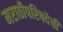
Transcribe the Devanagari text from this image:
मराठीपरिषदेची